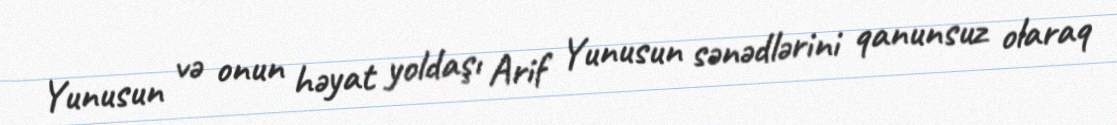
Yunusun və onun həyat yoldaşı Arif Yunusun sənədlərini qanunsuz olaraq